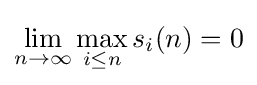
\lim _{n\to \infty }\max _{i\leq n}s_{i}(n)=0